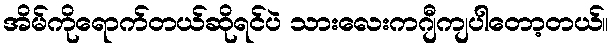
အိမ်ကိုရောက်တယ်ဆိုရင်ပဲ သားလေးကဂျီကျပါတော့တယ်။